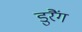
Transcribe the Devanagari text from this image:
डुरैंग